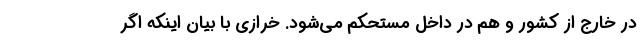
در خارج از کشور و هم در داخل مستحکم می‌شود. خرازی با بیان اینکه اگر